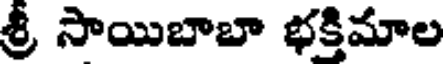
శ్రీ సాయిబాబా భక్తిమాల